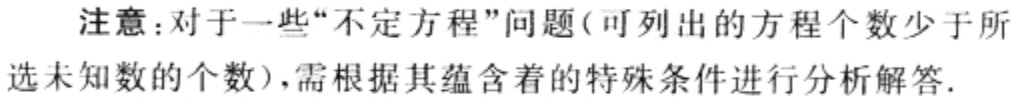
注意：对于一些“不定方程”问题(可列出的方程个数少于所选未知数的个数)，需根据其蕴含着的特殊条件进行分析解答.